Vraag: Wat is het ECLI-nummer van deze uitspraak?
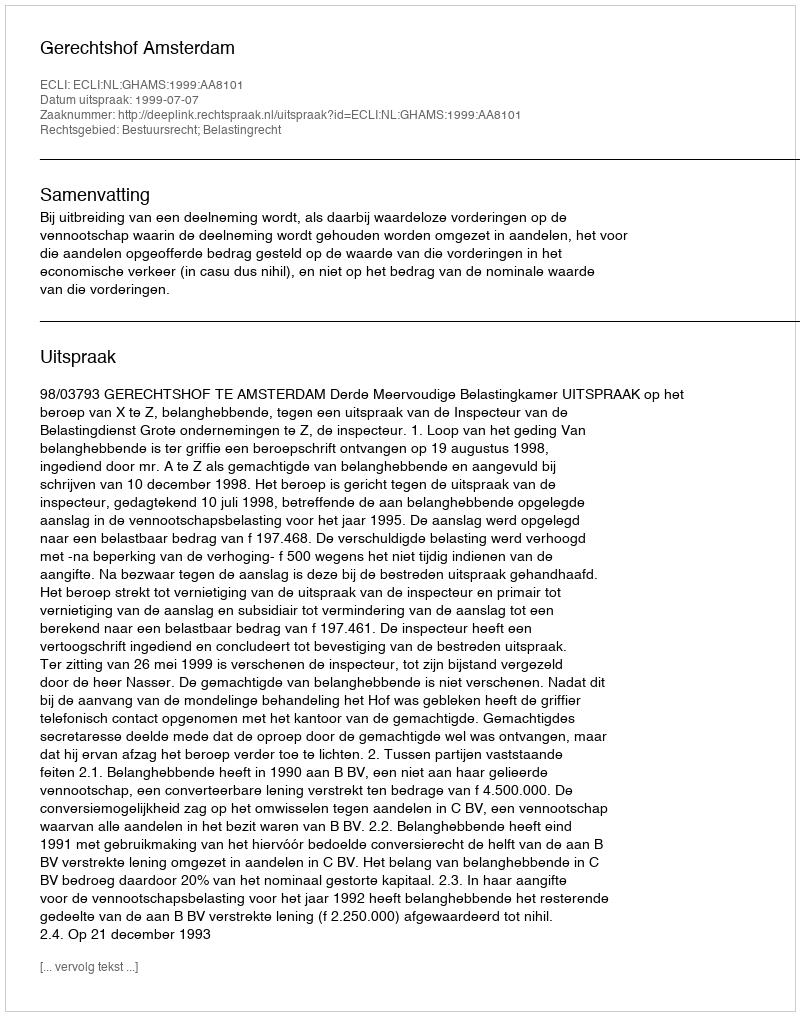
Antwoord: ECLI:NL:GHAMS:1999:AA8101